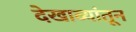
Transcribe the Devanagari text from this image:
देखाव्यांतून